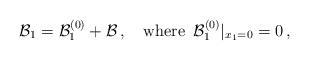
LaTeX: \begin{align*}\mathcal B_1=\mathcal B^{(0)}_1+\mathcal B\,,\quad\mbox{where}\,\,\,\mathcal B^{(0)}_1\vert_{x_1=0}=0\,,\end{align*}